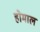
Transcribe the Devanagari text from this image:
होमाल